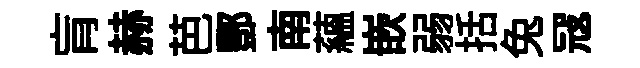
肓赫芭酆南蘊嵌弱括兔冦